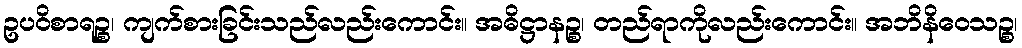
ဥပဝိစာရဉ္စ၊ ကျက်စားခြင်းသည်လည်းကောင်း။ အဓိဋ္ဌာနဉ္စ၊ တည်ရာကိုလည်းကောင်း။ အဘိနိဝေသဉ္စ၊